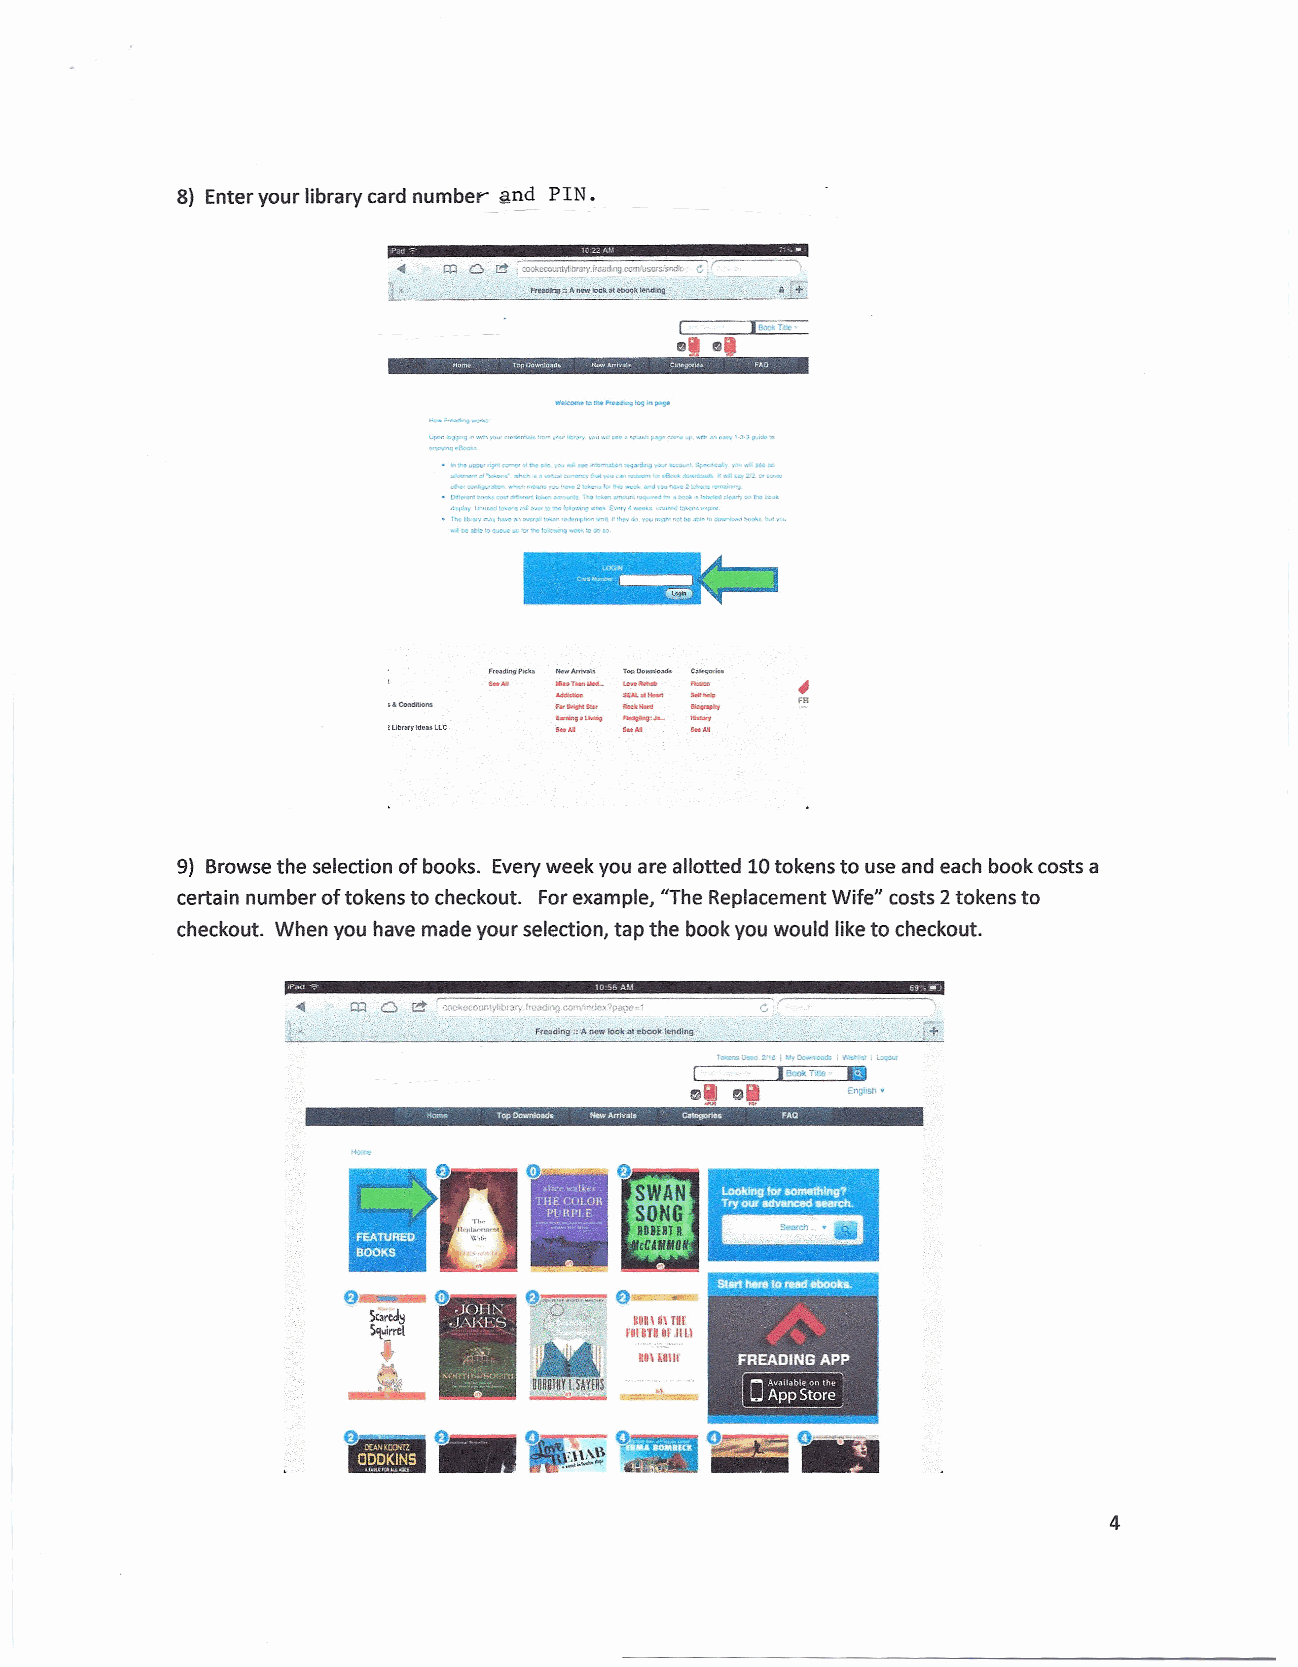
8) Enter your library card number and PIN.
 Md            i
 m 0 r!! ,c:ookcCO'~nt'lfor;:a:yJ'cadng~USC::::nd1( G r
 Ftdctlng:: An_ .tooK,1ttKIOkl;endlnll
 (    I_T",
 tll GI
 nom" 10j>Oow"ID'~~ NewAmva'. C.legorlU FAO
 ·"''''._~_'' .' .' .' .f .•.~ •,•••••'..• .,• .. r. ., ..: ..; I. ·. -',H ':,. ~-,·~ ·. N,.,. •I. I, •o •.; .¥ ~:t< ·' ,9 ~H·""ac:~ -" 1., f.. B· <>o~ ;o_.;. .. .t, -., g.:...•.~""
 •. 0.- 1,~- ""'~~ ". '~__ ,,• ,• ,~ ,,••<•• I• rl_ l" _"' _~••"••-c~aT~" '. :, :.•• •1 •. •. ~~••••••••• •.•,._•I" W,~,~ "" "". ."~"""",,,, '1~du•
 t'!l0fl"""~
 d.~...,lj.",* ••••r.o•;._tD""'~'''Il~''' •••£'<~'f~""". ,~.~•~.•~~e'~ •••
 • n.. '"v""'·.h..>..c",'''''''''~,,,,,,,,,,".to"f'~""~ 11·"""~~_~w"'''I'I'''''IN.1b!''1,,dL''_:''''''"'~ 1M,_OJ
 "':'~M:ie')O-..c...~.:;: -",,1w,':""'''lCI,.".I~GI):v.I
 F'••din!ilP~k' -~- T-<>900-~ -C.I..-qo,,"
 ~
 •..
 . 1!•. "••. •••. ~1.Mng ~.:.... .•..... "• -.... FR
 tLlbr.ryld~uLLC
 9) Browse the selection of books. Everyweek you are allotted 10tokens to use and each book costs a
 certain number of tokens to checkout. Forexample, "The Replacement Wife" costs 2tokens to
 checkout. When you have made your selection, tap the book you would like to checkout.
 reil                 'liNn               ,6'
 c
 Fre.adlog::Anew)ookatebooklendIng t+
 6__
 4